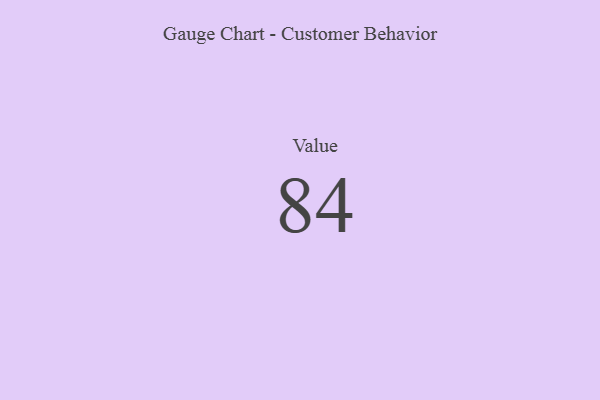
{"axis": {"x": "Metric", "y": "Value"}, "legend": [""], "data": [{"x": "Value", "y": 84, "type": ""}]}